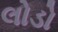
લોડો